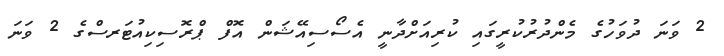
2 ވަނަ ދުވަހުގެ މެންދުރުކުރީގައި ކުރިއަށްދާނީ އެސޯސިއޭޝަން އޮފް ޕްރޮސިކިއުޓަރސްގެ 2 ވަނަ